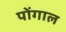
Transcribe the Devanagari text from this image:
पोंगाल